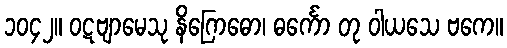
၁၀၄၂။ ဝဋဗျာမေသု နိဂြောဓော၊ ဓင်္ကော တု ဝါယသေ ဗကေ။